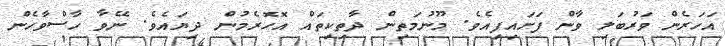
އަހަރެން ވަރުބަލި ވާން ފަށައިފިއެވެ. މޫނުމަތިން ދާތިކިތައް އޮހޮރެމުން ދިޔައެވެ. ނޭވާ ހާސްވާހެން